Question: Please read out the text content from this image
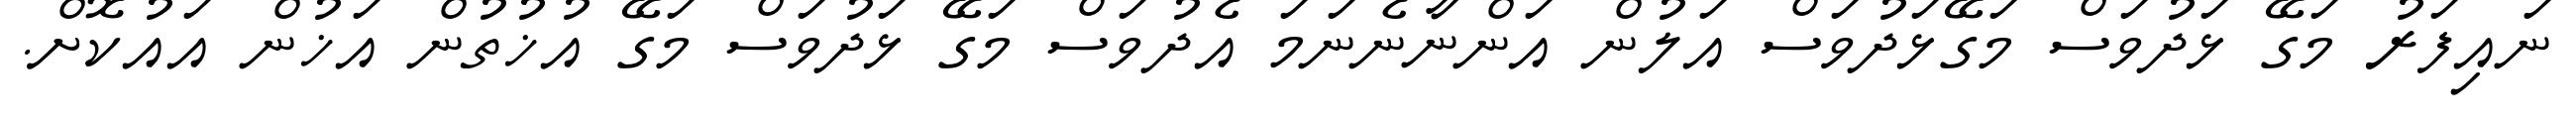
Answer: ނައިފަރު މަގޭ ޅަދުވަސް މަގޭޅަދުވަސް އަލުން އަންނާނެނަމަ އެދުވަސް މަގޭ ޅަދުވަސް މަގޭ އުޚުތުން އަޚުން އައުކޮށް.